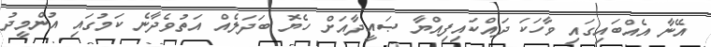
އޭނާ އެއްބައިގައި ވާހަކަ ދައްކައިފިއްޔާ ޞައީދާއަށް ހެޔޮ ބަދަލެއް އަތުވެދާނެ ކަމުގައި އުންމީދު